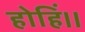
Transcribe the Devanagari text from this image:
होहिं।।